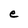
Character: e